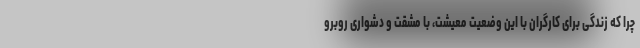
چرا که زندگی برای کارگران با این وضعیت معیشت، با مشقت و دشواری روبرو